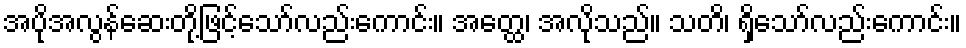
အပိုအလွန်ဆေးတို့ဖြင့်သော်လည်းကောင်း။ အတ္ထေ၊ အလိုသည်။ သတိ၊ ရှိသော်လည်းကောင်း။